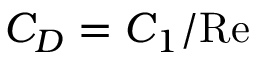
C _ { D } = C _ { 1 } / \mathrm { R e }